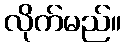
လိုက်မည်။